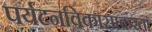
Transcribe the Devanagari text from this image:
पर्यटनविकासाकरता